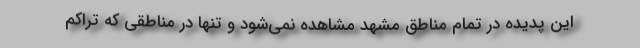
این پدیده در تمام مناطق مشهد مشاهده نمی‌شود و تنها در مناطقی که تراکم